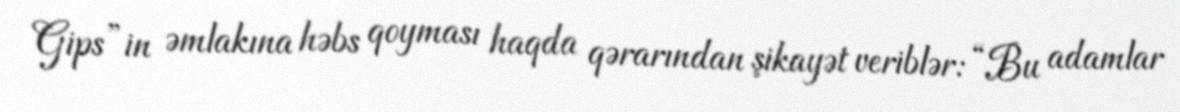
Gips”in əmlakına həbs qoyması haqda qərarından şikayət veriblər: “Bu adamlar